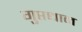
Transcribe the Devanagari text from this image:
गुप्तधाम